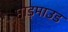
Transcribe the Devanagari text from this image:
माड़माउड